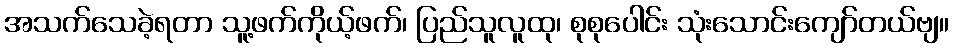
အသက်သေခဲ့ရတာ သူ့ဖက်ကိုယ့်ဖက်၊ ပြည်သူလူထု၊ စုစုပေါင်း သုံးသောင်းကျော်တယ်ဗျ။